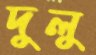
দুলু